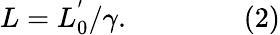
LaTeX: L=L_{0}^{'}/\gamma.\qquad\qquad{\mathrm{(2)}}